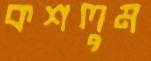
কশলুম